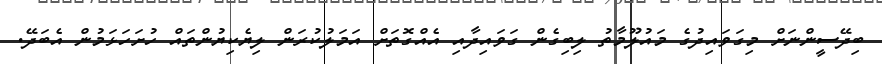
ބިދޭސީންނަށް މިގަވައިދުގެ މައުލޫމާތު ލިބިގެން ގަވައިދާއި އެއްގޮތަށް އަމަލުކުރަން ލިޔެކިޔުންތައް ހުށަހަޅަމުން އެބަދޭ.